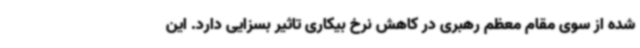
شده از سوی مقام معظم رهبری در کاهش نرخ بیکاری تاثیر بسزایی دارد. این